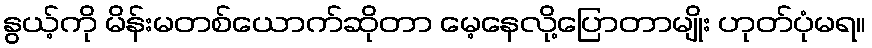
နွယ့်ကို မိန်းမတစ်ယောက်ဆိုတာ မေ့နေလို့ပြောတာမျိုး ဟုတ်ပုံမရ။